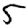
Digit: 5